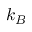
k _ { B }